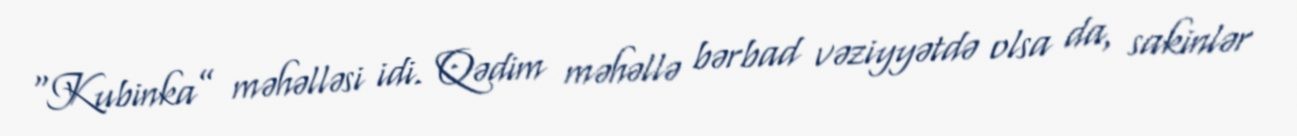
“Kubinka” məhəlləsi idi. Qədim məhəllə bərbad vəziyyətdə olsa da, sakinlər